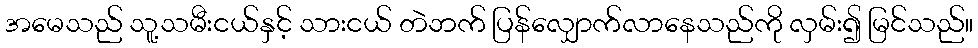
အမေသည် သူ့သမီးငယ်နှင့် သားငယ် တဲဘက် ပြန်လျှောက်လာနေသည်ကို လှမ်း၍ မြင်သည်။